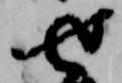
せ